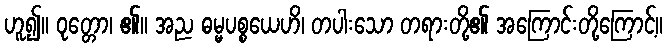
ဟူ၍။ ဝုတ္တော၊ ၏။ အည ဓမ္မပစ္စယေဟိ၊ တပါးသော တရားတို့၏ အကြောင်းတို့ကြောင့်။